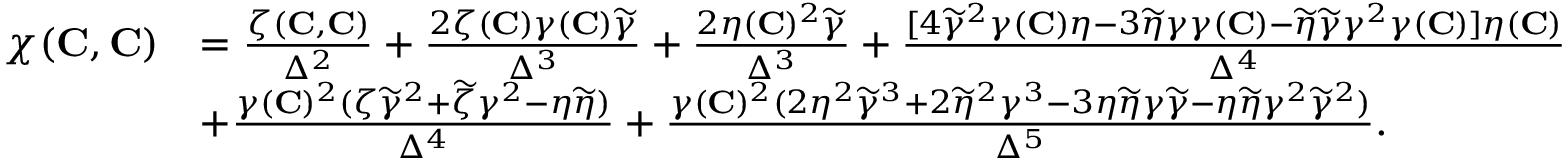
\begin{array} { r l } { \chi ( { \mathbf { C } } , { \mathbf { C } } ) } & { = \frac { \zeta ( { \mathbf { C } } , { \mathbf { C } } ) } { \Delta ^ { 2 } } + \frac { 2 \zeta ( { \mathbf { C } } ) \gamma ( { \mathbf { C } } ) \widetilde { \gamma } } { \Delta ^ { 3 } } + \frac { 2 \eta ( { \mathbf { C } } ) ^ { 2 } \widetilde { \gamma } } { \Delta ^ { 3 } } + \frac { [ 4 \widetilde { \gamma } ^ { 2 } \gamma ( { \mathbf { C } } ) \eta - 3 \widetilde { \eta } \gamma \gamma ( { \mathbf { C } } ) - \widetilde { \eta } \widetilde { \gamma } \gamma ^ { 2 } \gamma ( { \mathbf { C } } ) ] \eta ( { \mathbf { C } } ) } { \Delta ^ { 4 } } } \\ & { + \frac { \gamma ( { \mathbf { C } } ) ^ { 2 } ( \zeta \widetilde { \gamma } ^ { 2 } + \widetilde { \zeta } \gamma ^ { 2 } - \eta \widetilde { \eta } ) } { \Delta ^ { 4 } } + \frac { \gamma ( { \mathbf { C } } ) ^ { 2 } ( 2 \eta ^ { 2 } \widetilde { \gamma } ^ { 3 } + 2 \widetilde { \eta } ^ { 2 } \gamma ^ { 3 } - 3 \eta \widetilde { \eta } \gamma \widetilde { \gamma } - \eta \widetilde { \eta } \gamma ^ { 2 } \widetilde { \gamma } ^ { 2 } ) } { \Delta ^ { 5 } } . } \end{array}